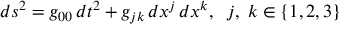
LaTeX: d s ^ { 2 } = g _ { 0 0 } \, d t ^ { 2 } + g _ { j k } \, d x ^ { j } \, d x ^ { k } , \; \; j , \; k \in \{ 1 , 2 , 3 \}